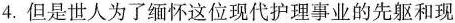
4.但是世人为了缅怀这位现代护理事业的先驱和现